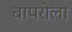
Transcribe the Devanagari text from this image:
बापरोला